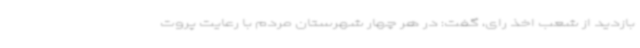
بازدید از شعب اخذ رای، گفت: در هر چهار شهرستان مردم با رعایت پروت